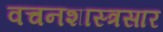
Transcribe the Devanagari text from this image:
वचनशास्त्रसार